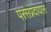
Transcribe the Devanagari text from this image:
परसंप्रदायास